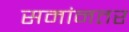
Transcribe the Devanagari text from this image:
समांनतर